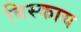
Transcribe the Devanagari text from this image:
बिस्काय